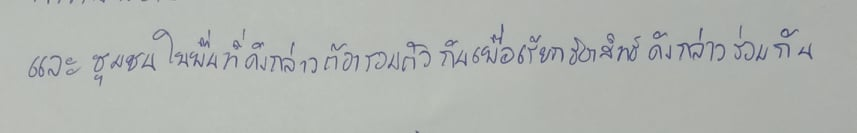
และชุมชนในพื้นที่ดังกล่าวต้องรวมตัวกันเพื่อเรียกร้องสิทธิดังกล่าวร่วมกัน